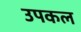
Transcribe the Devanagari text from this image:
उपकल